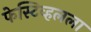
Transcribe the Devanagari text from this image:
फेस्टिव्हलला